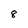
Character: 8